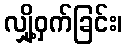
လျှို့ဝှက်ခြင်း၊